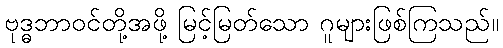
ဗုဒ္ဓဘာဝင်တို့အဖို့ မြင့်မြတ်သော ဂူများဖြစ်ကြသည်။